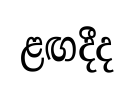
ළඟදීද